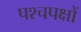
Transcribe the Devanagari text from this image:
पश्चपक्षों